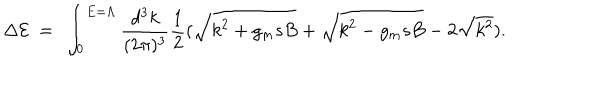
\Delta { \cal E } ~ = ~ \int _ { 0 } ^ { E = \Lambda } { \frac { d ^ { 3 } k } { ( 2 \pi ) ^ { 3 } } } { \frac { 1 } { 2 } } ( \sqrt { k ^ { 2 } + g _ { m } s B } + \sqrt { k ^ { 2 } - g _ { m } s B } - 2 \sqrt { k ^ { 2 } } ) .